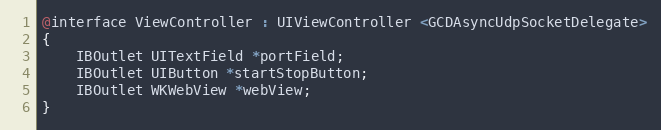
Language: C
@interface ViewController : UIViewController <GCDAsyncUdpSocketDelegate>
{
	IBOutlet UITextField *portField;
	IBOutlet UIButton *startStopButton;
	IBOutlet WKWebView *webView;
}